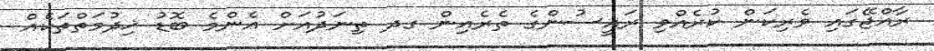
ރާއްޖޭގައި ވެރިކަން ކުރެއްވި ރައީސުންގެ ތެރެއިން ގދ ތިނަދުއަށް އެންމެ ބޮޑު ޚިދުމަތްތަކެއް